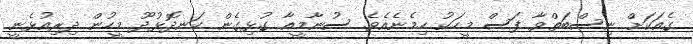
ގެއަކަށް ނިސްބަތްވާ ފަސް މީހަކު ހިމެނެއެވެ. ސުނާމީއާ ގުޅިގެން ކަނދޮޅުދޫ މީހުން ދިރިއުޅެނީ